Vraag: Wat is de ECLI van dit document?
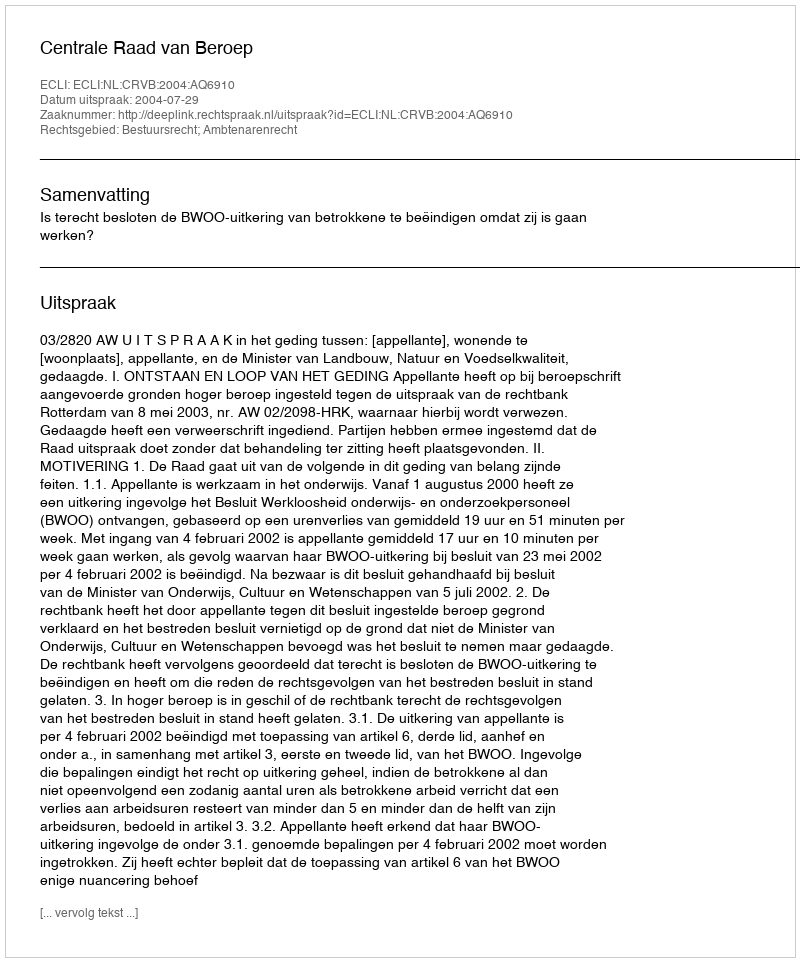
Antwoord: ECLI:NL:CRVB:2004:AQ6910